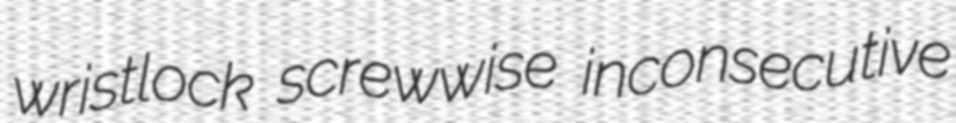
wristlock screwwise inconsecutive